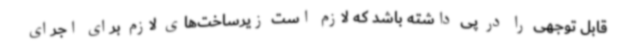
قابل توجهی را در پی داشته باشد که لازم است زیرساخت‌های لازم برای اجرای